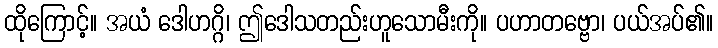
ထိုကြောင့်။ အယံ ဒေါဟဂ္ဂိ၊ ဤဒေါသတည်းဟူသောမီးကို။ ပဟာတဗ္ဗော၊ ပယ်အပ်၏။